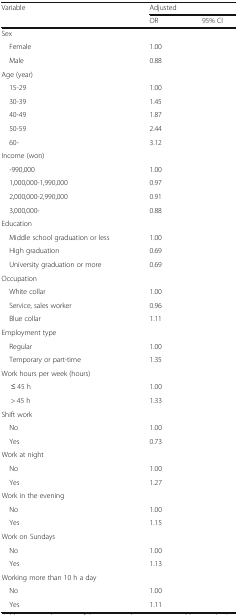
<table><thead><tr><td rowspan="2"><b>Variable</b></td><td colspan="2"><b>Adjusted</b></td></tr><tr><td><b>OR</b></td><td><b>95% CI</b></td></tr></thead><tbody><tr><td colspan="3">Sex</td></tr><tr><td> Female</td><td>1.00</td><td>[EMPTY_CELL]</td></tr><tr><td> Male</td><td>0.88</td><td>[EMPTY_CELL]</td></tr><tr><td colspan="3">Age (year)</td></tr><tr><td> 15-29</td><td>1.00</td><td>[EMPTY_CELL]</td></tr><tr><td> 30-39</td><td>1.45</td><td>[EMPTY_CELL]</td></tr><tr><td> 40-49</td><td>1.87</td><td>[EMPTY_CELL]</td></tr><tr><td> 50-59</td><td>2.44</td><td>[EMPTY_CELL]</td></tr><tr><td> 60-</td><td>3.12</td><td>[EMPTY_CELL]</td></tr><tr><td colspan="3">Income (won)</td></tr><tr><td> -990,000</td><td>1.00</td><td>[EMPTY_CELL]</td></tr><tr><td> 1,000,000-1,990,000</td><td>0.97</td><td>[EMPTY_CELL]</td></tr><tr><td> 2,000,000-2,990,000</td><td>0.91</td><td>[EMPTY_CELL]</td></tr><tr><td> 3,000,000-</td><td>0.88</td><td>[EMPTY_CELL]</td></tr><tr><td colspan="3">Education</td></tr><tr><td> Middle school graduation or less</td><td>1.00</td><td>[EMPTY_CELL]</td></tr><tr><td> High graduation</td><td>0.69</td><td>[EMPTY_CELL]</td></tr><tr><td> University graduation or more</td><td>0.69</td><td>[EMPTY_CELL]</td></tr><tr><td colspan="3">Occupation</td></tr><tr><td> White collar</td><td>1.00</td><td>[EMPTY_CELL]</td></tr><tr><td> Service, sales worker</td><td>0.96</td><td>[EMPTY_CELL]</td></tr><tr><td> Blue collar</td><td>1.11</td><td>[EMPTY_CELL]</td></tr><tr><td colspan="3">Employment type</td></tr><tr><td> Regular</td><td>1.00</td><td>[EMPTY_CELL]</td></tr><tr><td> Temporary or part-time</td><td>1.35</td><td>[EMPTY_CELL]</td></tr><tr><td colspan="3">Work hours per week (hours)</td></tr><tr><td>≤ 45 h</td><td>1.00</td><td>[EMPTY_CELL]</td></tr><tr><td>&gt; 45 h</td><td>1.33</td><td>[EMPTY_CELL]</td></tr><tr><td colspan="3">Shift work</td></tr><tr><td> No</td><td>1.00</td><td>[EMPTY_CELL]</td></tr><tr><td> Yes</td><td>0.73</td><td>[EMPTY_CELL]</td></tr><tr><td colspan="3">Work at night</td></tr><tr><td> No</td><td>1.00</td><td>[EMPTY_CELL]</td></tr><tr><td> Yes</td><td>1.27</td><td>[EMPTY_CELL]</td></tr><tr><td colspan="3">Work in the evening</td></tr><tr><td> No</td><td>1.00</td><td>[EMPTY_CELL]</td></tr><tr><td> Yes</td><td>1.15</td><td>[EMPTY_CELL]</td></tr><tr><td colspan="3">Work on Sundays</td></tr><tr><td> No</td><td>1.00</td><td>[EMPTY_CELL]</td></tr><tr><td> Yes</td><td>1.13</td><td>[EMPTY_CELL]</td></tr><tr><td colspan="3">Working more than 10 h a day</td></tr><tr><td> No</td><td>1.00</td><td>[EMPTY_CELL]</td></tr><tr><td> Yes</td><td>1.11</td><td>[EMPTY_CELL]</td></tr></tbody></table>